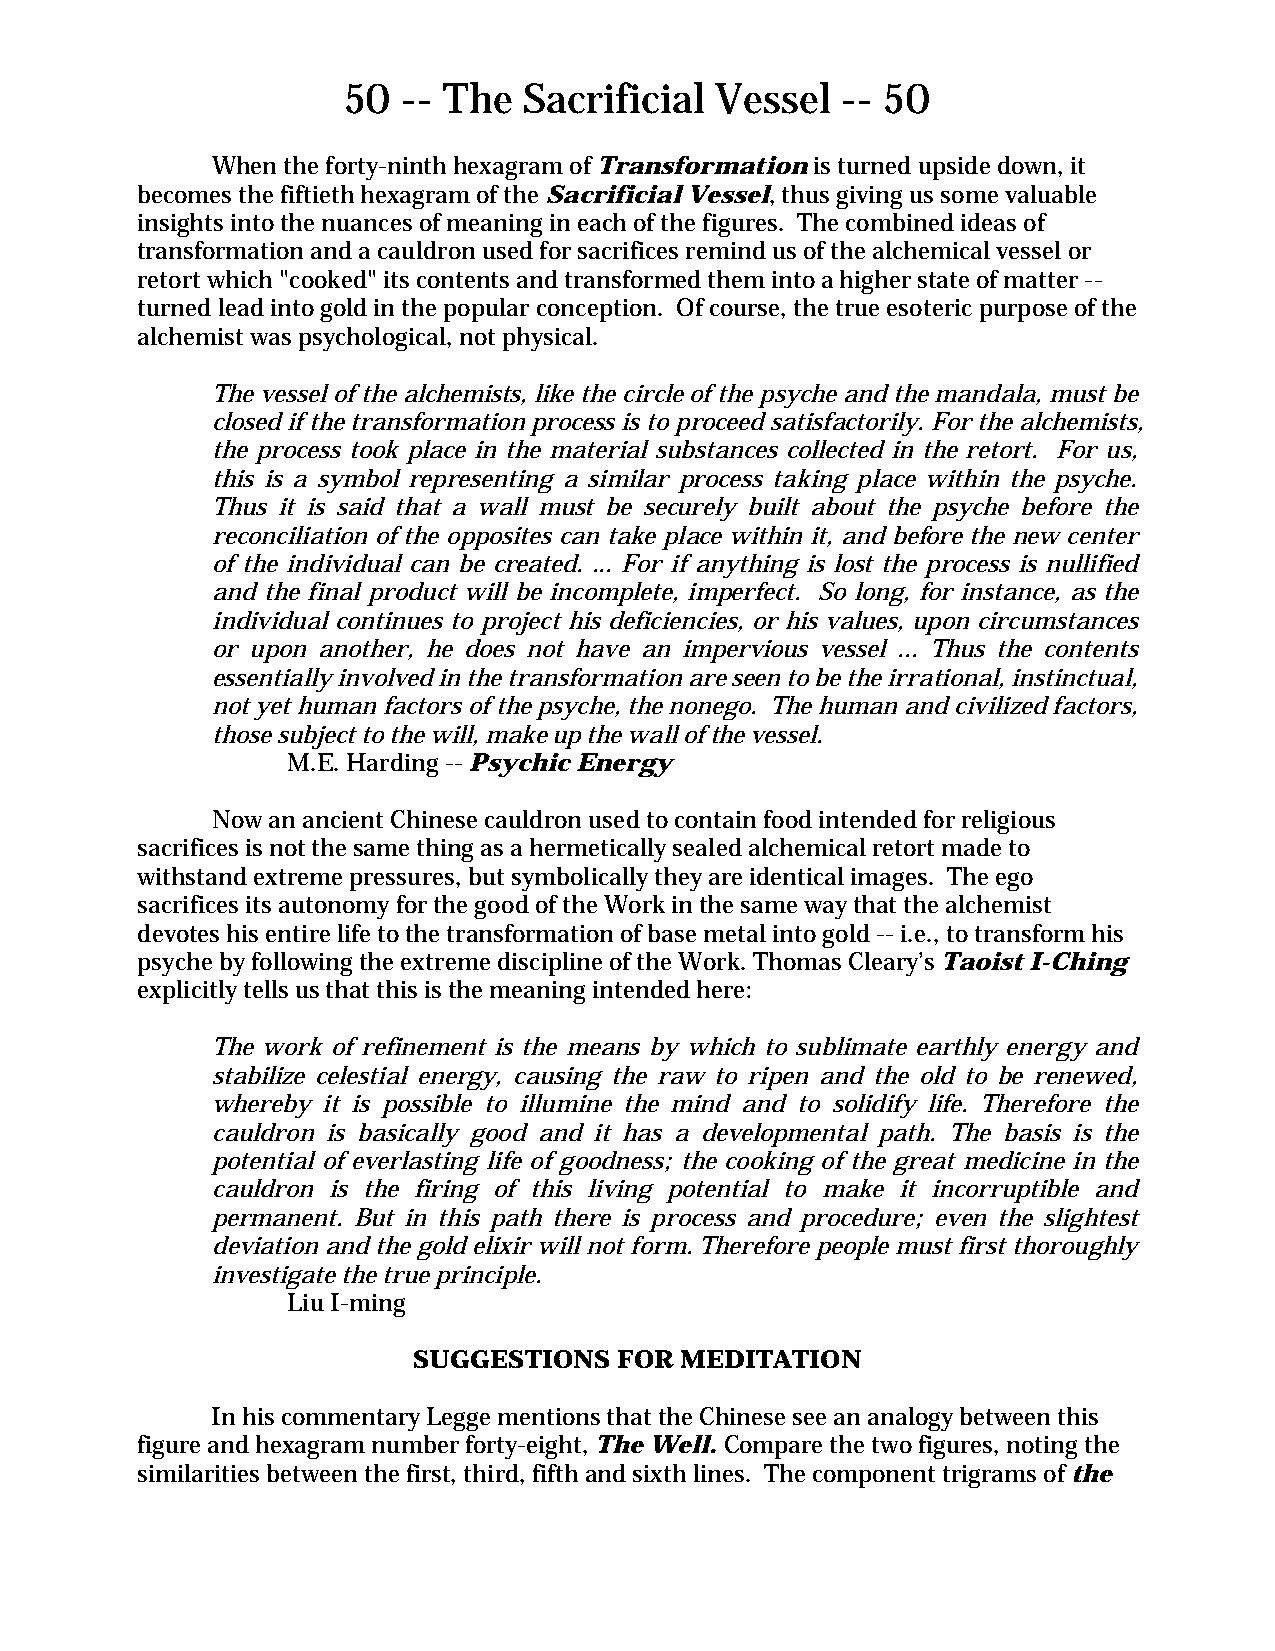
50  -- The  Sacrificial Vessel   -- 50
 When the forty-ninth hexagram of Transformation is turned upside down, it
 becomes the fiftieth hexagram of the Sacrificial Vessel, thus giving us some valuable
 insights into the nuances of meaning in each of the figures. The combined ideas of
 transformation and a cauldron used for sacrifices remind us of the alchemical vessel or
 retort which "cooked" its contents and transformed them into a higher state of matter --
 turned lead into gold in the popular conception. Of course, the true esoteric purpose of the
 alchemist was psychological, not physical.
 The vessel of the alchemists, like the circle of the psyche and the mandala, must be
 closed if the transformation process is to proceed satisfactorily. For the alchemists,
 the process took place in the material substances collected in the retort. For us,
 this is a symbol representing a similar process taking place within the psyche.
 Thus it is said that a wall must be securely built about the psyche before the
 reconciliation of the opposites can take place within it, and before the new center
 of the individual can be created. ... For if anything is lost the process is nullified
 and the final product will be incomplete, imperfect. So long, for instance, as the
 individual continues to project his deficiencies, or his values, upon circumstances
 or upon another, he does not have an impervious vessel ... Thus the contents
 essentially involved in the transformation are seen to be the irrational, instinctual,
 not yet human factors of the psyche, the nonego. The human and civilized factors,
 those subject to the will, make up the wall of the vessel.
 M.E. Harding -- Psychic Energy
 Now an ancient Chinese cauldron used to contain food intended for religious
 sacrifices is not the same thing as a hermetically sealed alchemical retort made to
 withstand extreme pressures, but symbolically they are identical images. The ego
 sacrifices its autonomy for the good of the Work in the same way that the alchemist
 devotes his entire life to the transformation of base metal into gold -- i.e., to transform his
 psyche by following the extreme discipline of the Work. Thomas Cleary’s Taoist I-Ching
 explicitly tells us that this is the meaning intended here:
 The work of refinement is the means by which to sublimate earthly energy and
 stabilize celestial energy, causing the raw to ripen and the old to be renewed,
 whereby it is possible to illumine the mind and to solidify life. Therefore the
 cauldron is basically good and it has a developmental path. The basis is the
 potential of everlasting life of goodness; the cooking of the great medicine in the
 cauldron is the firing of this living potential to make it incorruptible and
 permanent. But in this path there is process and procedure; even the slightest
 deviation and the gold elixir will not form. Therefore people must first thoroughly
 investigate the true principle.
 Liu I-ming
 SUGGESTIONS   FOR MEDITATION
 In his commentary Legge mentions that the Chinese see an analogy between this
 figure and hexagram number forty-eight, The Well. Compare the two figures, noting the
 similarities between the first, third, fifth and sixth lines. The component trigrams of the